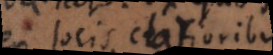
locis clarioribus